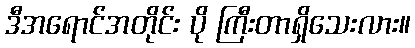
ဒီအရောင်အတိုင်း ပို ကြီးတာရှိသေးလား။